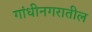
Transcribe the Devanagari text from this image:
गांधीनगरातील